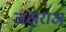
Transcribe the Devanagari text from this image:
जअराअ